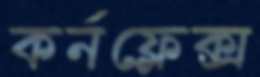
কর্নফ্লেক্স